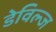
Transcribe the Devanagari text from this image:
डेविल्ज